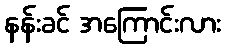
နန်းခင် အကြောင်းလား